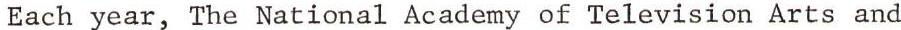
Each year, The National Academy of Television Arts and